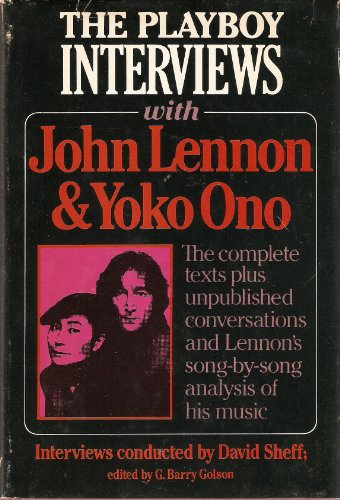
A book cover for The Playboy Interviews With John Lennon and Yoko Ono: The complete texts plus unpublished conversations and Lennon's song-by-song analysis of his music; John Lennon; Humor & Entertainment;